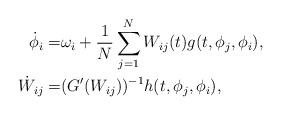
LaTeX: \begin{align*}\dot{\phi}_i=&\omega_i+\frac{1}{N}\sum_{j=1}^NW_{ij}(t)g(t,\phi_j,\phi_i),\\\dot{W}_{ij}=&(G'(W_{ij}))^{-1}h(t,\phi_j,\phi_i),\end{align*}